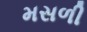
મસળી